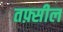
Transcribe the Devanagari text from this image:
तफ़्सील